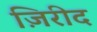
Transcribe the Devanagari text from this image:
ज़िरीद